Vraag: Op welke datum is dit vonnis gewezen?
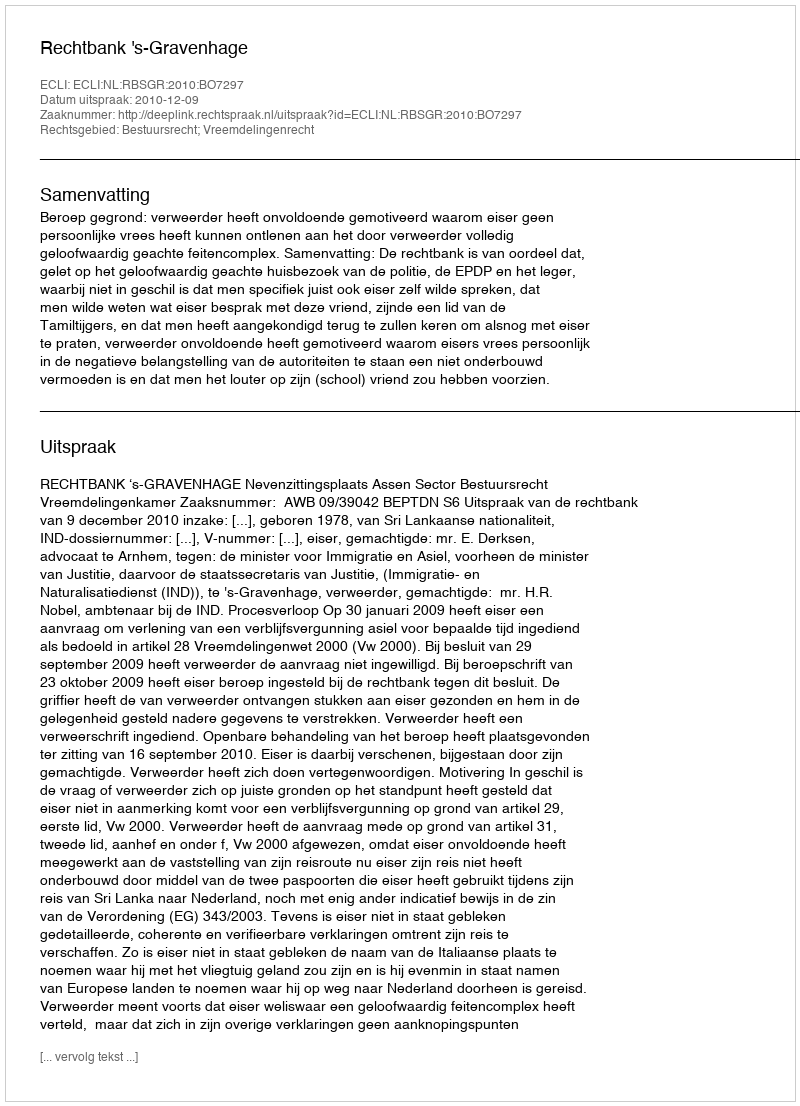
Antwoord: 2010-12-09